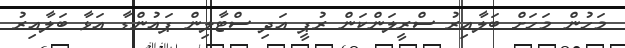
މަހުން މަހަށް ބަލާއިރު ސްރީލަންކަން ރުޕީ އަދި ސްޓާލިން ޕައުންޑާ އަޅާ ބަލާއިރު